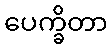
ပေက္ခိတာ